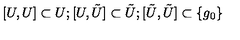
[ U , U ] \subset U ; [ U , \tilde { U } ] \subset \tilde { U } ; [ \tilde { U } , \tilde { U } ] \subset \{ g _ { 0 } \}